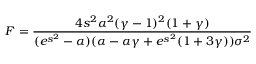
F = \frac { 4 s ^ { 2 } \alpha ^ { 2 } ( \gamma - 1 ) ^ { 2 } ( 1 + \gamma ) } { ( e ^ { s ^ { 2 } } - \alpha ) ( \alpha - \alpha \gamma + e ^ { s ^ { 2 } } ( 1 + 3 \gamma ) ) \sigma ^ { 2 } }